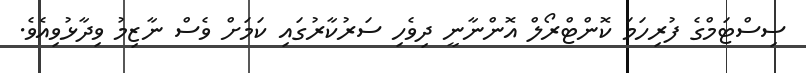
ސިސްޓަމްގެ ފުރިހަމަ ކޮންޓްރޯލް އޮންނާނީ ދިވެހި ސަރުކާރުގައި ކަމަށް ވެސް ނާޒިމު ވިދާޅުވިއެވެ.